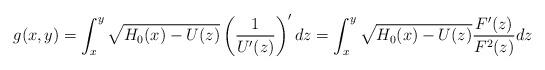
LaTeX: \begin{align*}g(x,y)=\int_{x}^{y}\sqrt{H_{0}(x)-U(z)}\left(\frac{1}{U'(z)}\right)'dz=\int_{x}^{y}\sqrt{H_{0}(x)-U(z)}\frac{F'(z)}{F^{2}(z)}dz\end{align*}